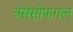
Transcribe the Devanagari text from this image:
त्रंसेसोफगल